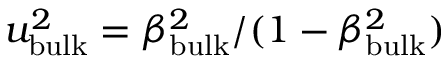
u _ { \mathrm { b u l k } } ^ { 2 } = \beta _ { \mathrm { b u l k } } ^ { 2 } / ( 1 - \beta _ { \mathrm { b u l k } } ^ { 2 } )